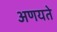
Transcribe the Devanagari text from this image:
अणयते